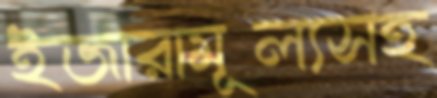
ইজারামূল্যসহ